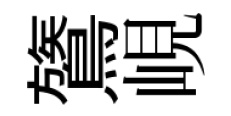
鷟峴